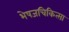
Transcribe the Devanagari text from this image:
भेषजचिकित्सा